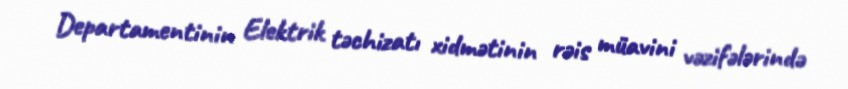
Departamentinin Elektrik təchizatı xidmətinin rəis müavini vəzifələrində